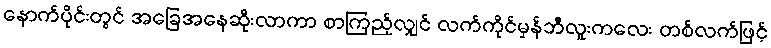
နောက်ပိုင်းတွင် အခြေအနေဆိုးလာကာ စာကြည့်လျှင် လက်ကိုင်မှန်ဘီလူးကလေး တစ်လက်ဖြင့်